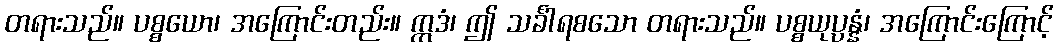
တရားသည်။ ပစ္စယော၊ အကြောင်းတည်း။ ဣဒံ၊ ဤ သင်္ခါရစသော တရားသည်။ ပစ္စယုပ္ပန္နံ၊ အကြောင်းကြောင့်